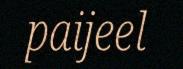
paijeel